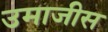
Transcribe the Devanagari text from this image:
उमाजीस